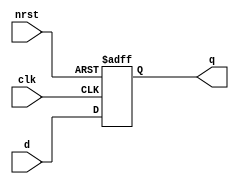
`timescale 1ns / 1ns

module DFlipFlop(
    output reg q,
    input clk,
    input nrst,
    input d
);
    always @(posedge clk or negedge nrst)
    begin
        if (nrst == 1)
            q <= d;
        else
            q <= 0;
    end
endmodule